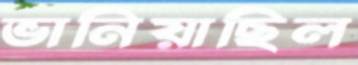
ভানিয়াছিল